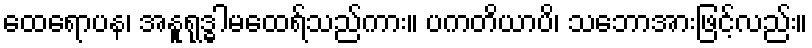
ထေရောပန၊ အနူရုဒ္ဓါမထေရ်သည်ကား။ ပကတိယာပိ၊ သဘောအားဖြင့်လည်း။